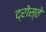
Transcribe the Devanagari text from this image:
द्रोस्ते